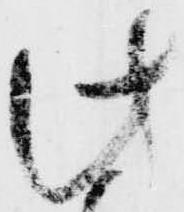
此